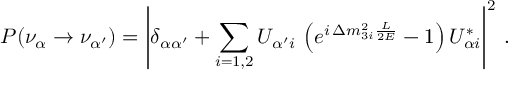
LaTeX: P ( \nu _ { \alpha } \to \nu _ { \alpha ^ { \prime } } ) = \left| \delta _ { \alpha \alpha ^ { \prime } } + \sum _ { i = 1 , 2 } U _ { { \alpha ^ { \prime } } i } \, \left( e ^ { i \, \Delta m _ { 3 i } ^ { 2 } \frac { L } { 2 E } } - 1 \right) U _ { { \alpha } i } ^ { * } \right| ^ { 2 } \, .